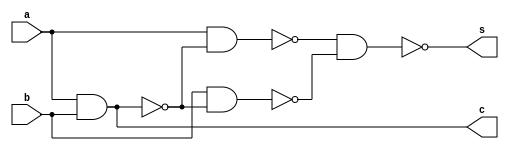
module halfadder(s,c,a,b);

input a,b;
output s,c;
wire u1,u2,u3;

nand
n1 (u1,a,b),
n2 (u2,a,u1),
n3 (u3,b,u1),
n4 (s,u2,u3),
n5 (c,u1,u1);

endmodule